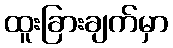
ထူးခြားချက်မှာ